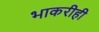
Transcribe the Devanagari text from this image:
भाकरीही